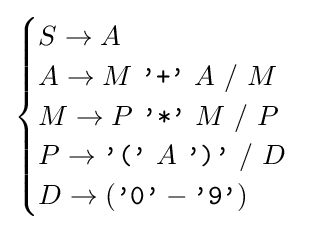
{\begin{cases}S\rightarrow A\\A\rightarrow M\ {\texttt {'+'}}\ A\ /\ M\\M\rightarrow P\ {\texttt {'*'}}\ M\ /\ P\\P\rightarrow {\texttt {'('}}\ A\ {\texttt {')'}}\ /\ D\\D\rightarrow ({\texttt {'0'}}-{\texttt {'9'}})\end{cases}}